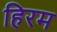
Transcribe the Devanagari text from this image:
हिरम